Lunatic asylums Burma 1907-21 - 1907-1921
Year: 1907
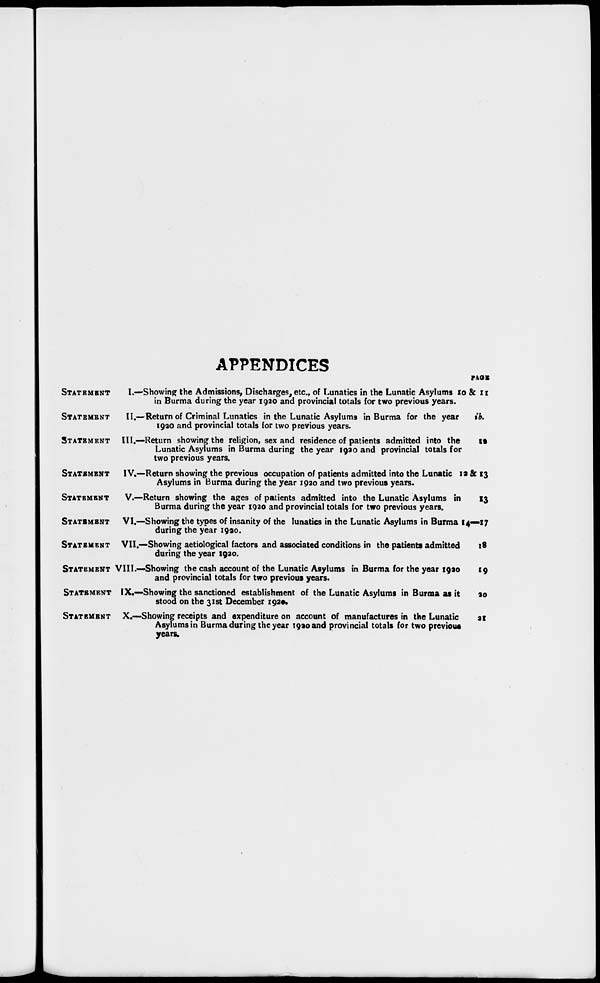
APPENDICES
STATEMENT
I.—
STATEMENT
II.—
STATEMENT
III.—
STATEMENT
IV. —
STATEMENT
V.—
STATEMENT
VI.—
STATEMENT VII.—
STATEMENT VIII.—
STATEMENT
IX.-
STATEMENT
X.—
Showing the Admissions, Discharges, etc., of Lunatics in the Lunatic Asylums I
in Burma during the year 1920 and provincial totals for two previous years.
Return of Criminal Lunatics in the Lunatic Asylums in Burma for the year
1920 and provincial totals for two previous years.
Return showing the religion, sex and residence of patients admitted into the
Lunatic Asylums in Burma during the year 1930 and provincial totals for
two previous years.
Return showing the previous occupation of patients admitted into the Lunatic 1
Asylums in Burma during the year 1920 and two previous years.
Return showing the ages of patients admitted into the Lunatic Asylums in
Burma during the year 1920 and provincial totals for two previous years.
Showing the types of insanity of the lunatics in the Lunatic Asylums in Burma
during the year 1920.
Showing aetiological factors and associated conditions in the patients admitted
during the year 1920.
Showing the cash account of the Lunatic Asylums in Burma for the year 1920
and provincial totals for two previous years.
Showing the sanctioned establishment of the Lunatic Asylums in Burma as it
stood on the 31st December 1920.
Showing receipts and expenditure on account of manufactures in the Lunatic
Asylums in Burma during the year 1920 and provincial totals for two previous
years.
PAGE
0 & II
ib.
13
2 & 13
13
14—17
18
*9
30
21